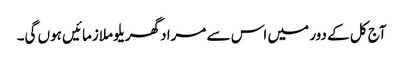
آج کل کے دور میں اس سے مراد گھریلو ملازمائیں ہوں گی۔